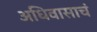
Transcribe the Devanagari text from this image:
अधिवासाचं